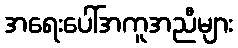
အရေးပေါ်အကူအညီများ